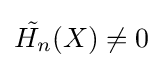
{\tilde {H_{n}}}(X)\neq 0